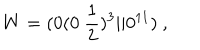
LaTeX: W = ( 0 ( 0 ~ { \frac { 1 } { 2 } } ) ^ { 3 } \vert \vert 0 ^ { 1 1 } ) ~ , \nonumber